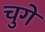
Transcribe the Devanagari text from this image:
चुगे